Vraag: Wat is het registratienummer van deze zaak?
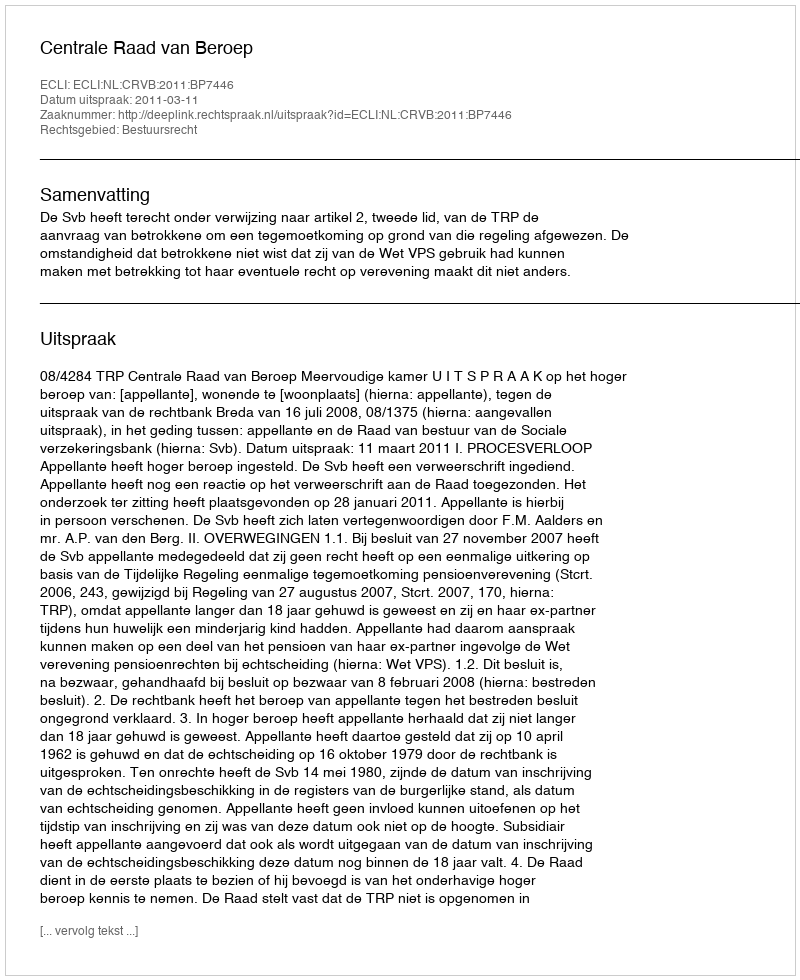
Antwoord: http://deeplink.rechtspraak.nl/uitspraak?id=ECLI:NL:CRVB:2011:BP7446